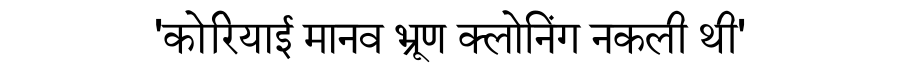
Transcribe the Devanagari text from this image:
'कोरियाई मानव भ्रूण क्लोनिंग नकली थी'